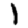
Digit: 1